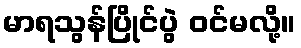
မာရသွန်ပြိုင်ပွဲ ဝင်မလို့။